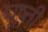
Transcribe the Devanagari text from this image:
पूष्ती